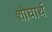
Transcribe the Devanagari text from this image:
शोघार्थ